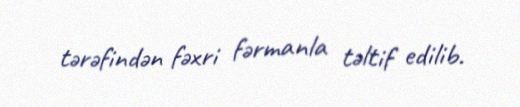
tərəfindən fəxri fərmanla təltif edilib.